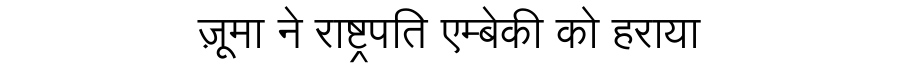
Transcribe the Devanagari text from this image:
ज़ूमा ने राष्ट्रपति एम्बेकी को हराया